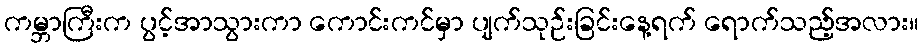
ကမ္ဘာကြီးက ပွင့်အာသွားကာ ကောင်းကင်မှာ ပျက်သုဉ်းခြင်းနေ့ရက် ရောက်သည့်အလား။